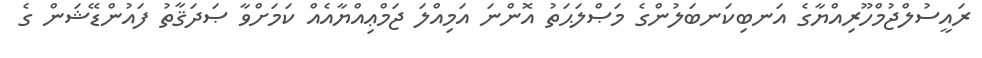
ރައީސުލްޖުމްހޫރިއްޔާގެ އަނބިކަނބަލުންގެ މަޞްލަޙަތު އޮންނަ އަމިއްލަ ޖަމްޢިއްޔާއެއް ކަމަށްވާ ޞަދަޤާތު ފައުންޑޭޝަން ގެ